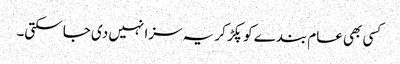
کسی بھی عام بندے کو پکڑ کر یہ سزا نہیں دی جا سکتی۔